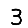
Digit: 3